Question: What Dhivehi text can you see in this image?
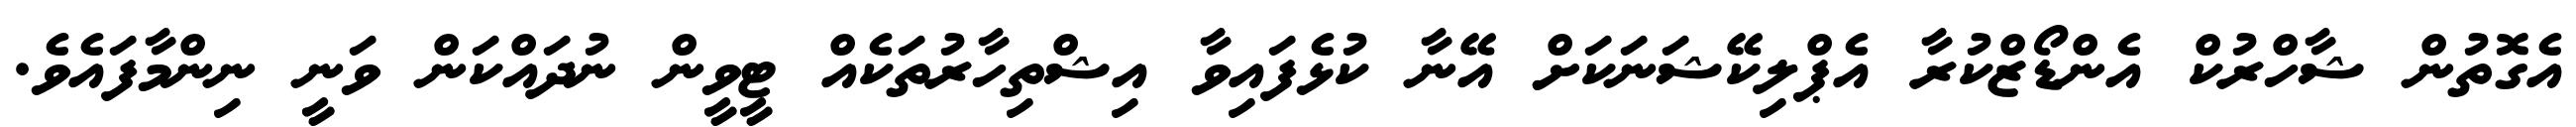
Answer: އެގޮތުން ޝާހްރުކް އެންޑޯޒްކުރާ އެޕްލިކޭޝަނަކަށް އޭނާ ކުޅެފައިވާ އިޝްތިހާރުތަކެއް ޓީވީން ނުދައްކަން ވަނީ ނިންމާފައެވެ.